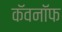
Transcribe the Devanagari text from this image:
कॅवनॉफ